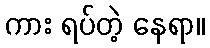
ကား ရပ်တဲ့ နေရာ။